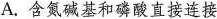
A.含氮碱基和磷酸直接连接